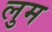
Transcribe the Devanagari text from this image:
लुम